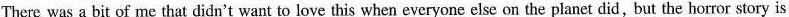
There was a bit of me that didn't want to love this when everyone else on the planet did, but the horror story is